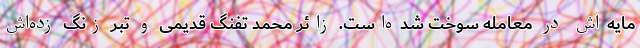
مایه‌اش در معامله سوخت شده‌است. زائر محمد تفنگ قدیمی و تبر زنگ زده‌اش